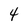
Character: 4